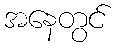
အနေတွင်